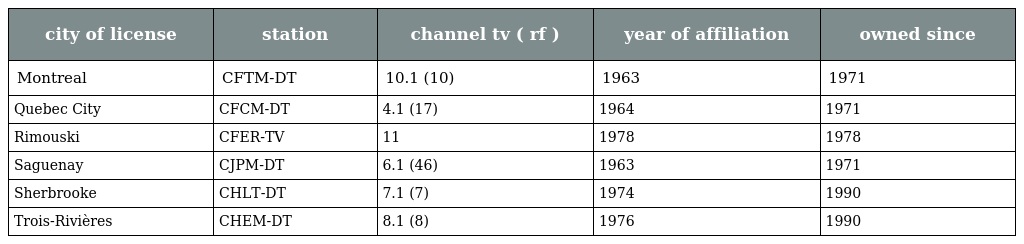
| city of license | station | channel tv ( rf ) | year of affiliation | owned since |
 | --- | --- | --- | --- | --- |
 | Montreal | CFTM-DT | 10.1 (10) | 1963 | 1971 |
 | Quebec City | CFCM-DT | 4.1 (17) | 1964 | 1971 |
 | Rimouski | CFER-TV | 11 | 1978 | 1978 |
 | Saguenay | CJPM-DT | 6.1 (46) | 1963 | 1971 |
 | Sherbrooke | CHLT-DT | 7.1 (7) | 1974 | 1990 |
 | Trois-Rivières | CHEM-DT | 8.1 (8) | 1976 | 1990 |